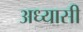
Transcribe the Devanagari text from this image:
अध्यासी